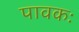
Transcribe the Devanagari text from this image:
पावकः